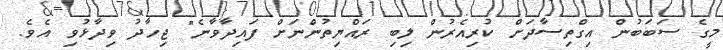
މީގެ ސަބަބުން އިގްތިސާދަށް ކުރިއެރުން ލިބި ރައްޔިތުންނަށް ފައިދާވާނެ" ޖިހާދު ވިދާޅުވި އެވެ.